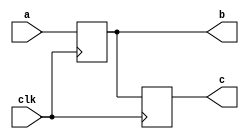
module code1 (a , clk , b , c );
input [3:0] a ;
input clk ;
output reg [3:0] b , c ;
always @ (posedge clk )
begin
b <= a ;
c = b ;

end
endmodule